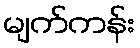
မျက်ကန်း